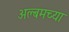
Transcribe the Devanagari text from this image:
अल्बमच्या